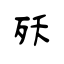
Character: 殀